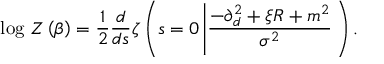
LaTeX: \log \, Z \left( \beta \right) = \frac { 1 } { 2 } \frac { d } { d s } \zeta \left( s = 0 \left| \frac { - \partial _ { d } ^ { 2 } + \xi R + m ^ { 2 } } { \sigma ^ { 2 } } \right. \right) .